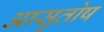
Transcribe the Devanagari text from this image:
आसुतोष